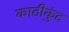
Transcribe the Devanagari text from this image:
काठीकुंद